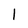
Character: I